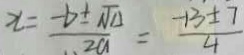
x = \frac { - b \pm \sqrt { \Delta } } { 2 a } = \frac { - 1 3 \pm 7 } { 4 }